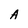
Character: A